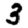
Digit: 3